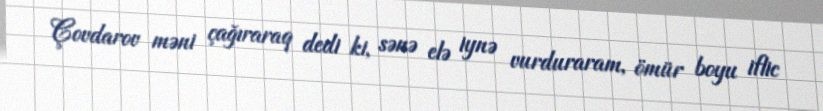
Çovdarov məni çağıraraq dedi ki, sənə elə iynə vurduraram, ömür boyu iflic